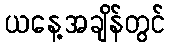
ယနေ့အချိန်တွင်